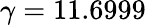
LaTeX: \gamma=11.6999